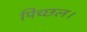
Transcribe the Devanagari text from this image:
पिच्छल।